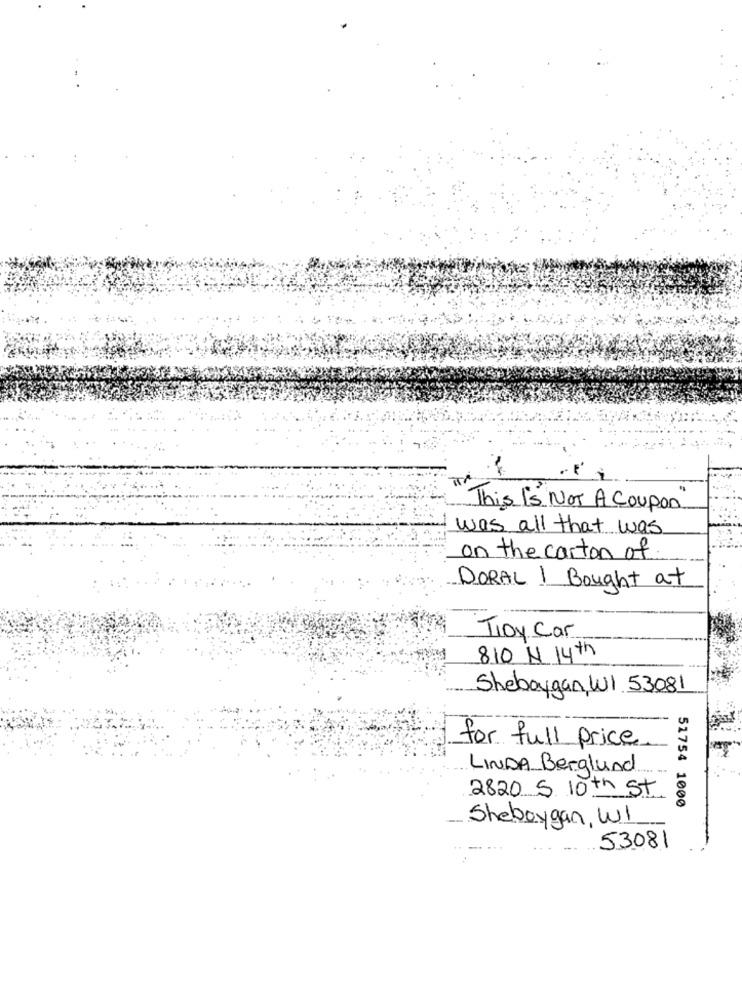
This is NOT A Coupon
was all that was
on the carton of
DORAL I Bought at
TIDy Car
810 N 14th
Sheboygan,WI 53081
for full price
LINDA Berglund
2820 S 10th St
51754 1000
Sheboygan, WI
53081